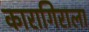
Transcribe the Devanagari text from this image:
कारागिराला